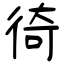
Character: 徛